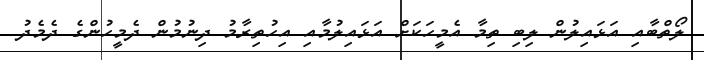
ލޯތްބާއި އަޅައިލުން ލިބި ތިމާ އެމީހަކަށް އަޅައިލުމާއި އިހުތިރާމު ދިނުމުން ދެމީހުންގެ ދެމެދު